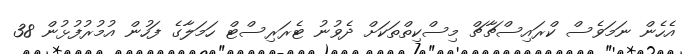
އެހެން ނަމަވެސް ކްރައިސްޗާޗް މިސްކިތްތަކަށް ދެވުނު ޓެރަރިސްޓް ހަމަލާގެ ފަހުން އުމުރުފުޅުން 38